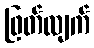
ဖြတ်လျက်